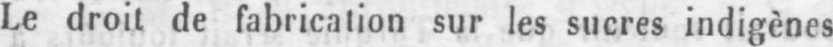
Le droit de fabrication sur les sucres indigènes